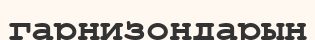
гарнизондарын